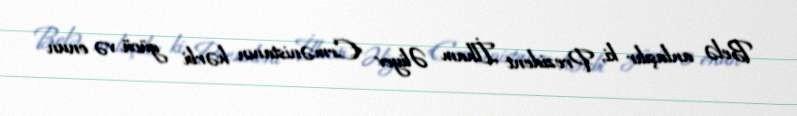
Belə anlaşılır ki, Prezident İlham Əliyev Ermənistanın hərbi gücü və onun